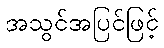
အသွင်အပြင်ဖြင့်